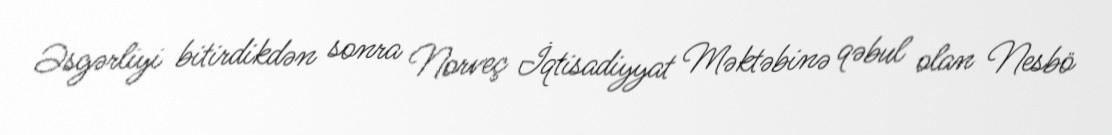
Əsgərliyi bitirdikdən sonra Norveç İqtisadiyyat Məktəbinə qəbul olan Nesbö